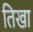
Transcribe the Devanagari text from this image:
तिखा